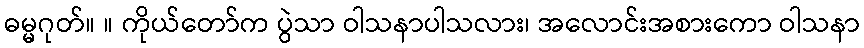
ဓမ္မဂုတ်။ ။ ကိုယ်တော်က ပွဲသာ ဝါသနာပါသလား၊ အလောင်းအစားကော ဝါသနာ